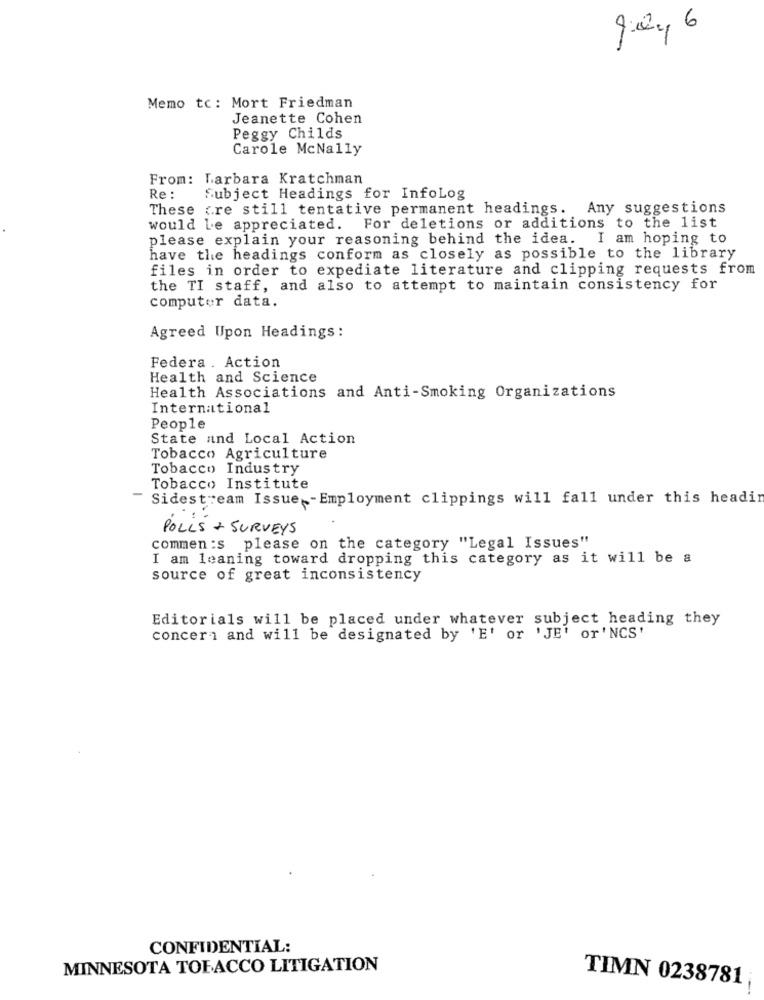
00
Memo tc: Mort Friedman
Jeanette Cohen
Peggy Childs
Carole McNally
From: Larbara Kratchman
Re :
Subject Headings for InfoLog
These are still tentative permanent headings. Any suggestions
would Le appreciated.
For deletions or additions to the list
please explain your reasoning behind the idea. I am hoping to
have the headings conform as closely as possible to the library
files in order to expediate literature and clipping requests from
the TI staff, and also to attempt to maintain consistency for
computer data.
Agreed Upon Headings:
Federa . Action
Health and Science
Health Associations and Anti-Smoking Organizations
International
People
State and Local Action
Tobacco Agriculture
Tobacco Industry
Tobacco Institute
-
Sidestream Issue - Employment clippings will fall under this headin
POLLS + SURVEYS
commen :s please on the category "Legal Issues"
I am leaning toward dropping this category as it will be a
source of great inconsistency
Editorials will be placed under whatever subject heading they
concern and will be designated by 'E' or 'JE' or'NCS'
CONFIDENTIAL:
MINNESOTA TOLACCO LITIGATION
TIMN 0238781